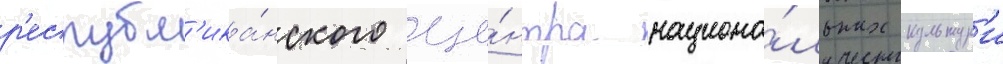
р'еспубл'ика́нского це́нтра национа́льных культур'и